Lunatic asylums Bombay report 1878-1890 - 1878-1890
Year: 1878
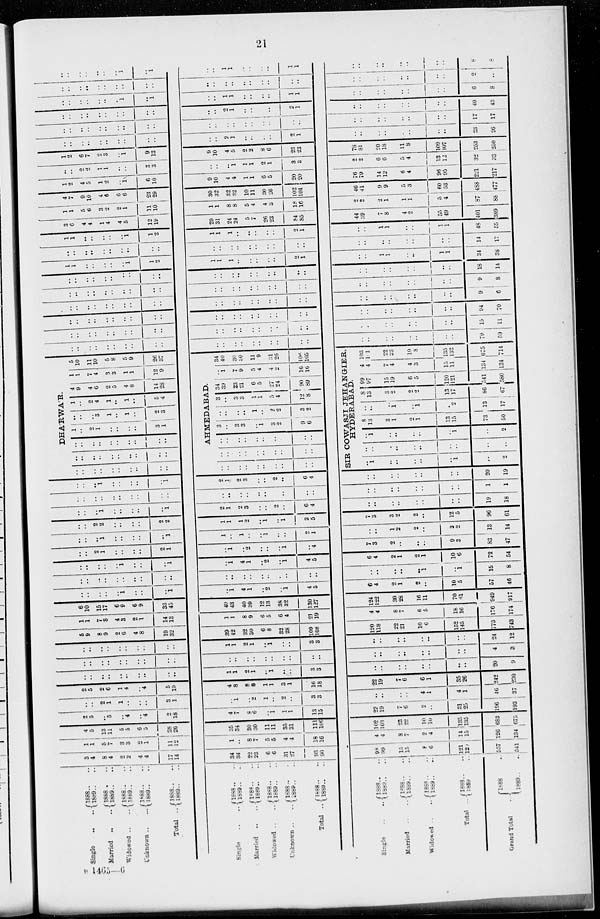
21
Single .. ..
Married
.. ..
Widowed .. ..
Unknown .. ..
Total
..
Single .. ..
Married
.. ..
Widowed .. ..
Unknown .. ..
Total ..
Single .. ..
Married .. ..
Widowed .. ..
Total ..
Grand Total ..
1888 .. ..
1889 .. ..
1888 .. ..
1889 .. ..
1888 .. ..
1889 .. ..
1888 .. ..
1889 .. ..
1888 .. ..
1889 .. ..
1888 .. ..
1889 .. ..
1888 .. ..
1889 .. ..
1888 .. ..
1889 .. ..
1888 .. ..
1889 .. ..
1888 .. ..
1889 .. ..
1888 .. ..
1889 .. ..
1888 .. ..
1889 .. ..
1888 .. ..
1889 .. ..
1888 .. ..
1889 .. ..
1888 .. ..
1889 .. ..
3
4
8
4
2
2
4
4
17
14
34
34
22
23
6
6
31
27
93
90
98
99
15
15
8
6
121
120
557
541
1
1
5
7
3
3
2
1
11
12
1
..
8
7
5
5
4
4
18
16
4
4
8
7
2
4
14
15
120
134
4
5
13
11
5
5
6
5
28
26
35
34
30
30
11
11
35
31
111
106
102
103
23
22
10
10
135
135
683
675
2
5
..
5
..
4
..
4
2
18
4
7
8
6
..
1
1
1
13
15
22
19
7
6
2
..
31
25
196
193
..
..
2
1
1
..
..
..
3
1
..
1
..
2
1
..
2
..
3
3
..
..
..
..
4
1
4
1
46
37
2
5
2
6
1
4
..
4
5
19
4
8
8
8
1
1
3
1
16
18
22
19
7
6
6
1
35
26
242
230
..
..
..
..
..
..
..
..
..
..
1
1
2
1
..
1
..
..
3
3
..
..
..
..
..
..
..
..
20
9
..
..
..
..
..
..
..
..
..
..
..
..
..
..
..
..
..
..
..
..
..
..
..
..
..
..
..
..
4
3
..
..
..
..
..
..
..
..
..
1
1
2
1
..
1
..
..
3
3
..
..
..
..
..
..
..
..
24
12
5
9
8
9
2
6
4
8
19
32
39
42
32
30
6
8
32
28
109
108
120
118
22
21
10
6
152
145
773
743
1
1
7
8
4
3
2
1
14
13
1
1
8
9
6
5
6
4
21
19
4
4
8
7
6
5
18
16
176
174
6
10
15
17
6
9
6
9
33
45
40
43
40
39
12
13
38
32
130
127
124
122
30
28
16
11
70
61
949
917
..
..
..
..
..
1
..
..
..
1
..
1
4
1
..
2
..
1
4
5
6
4
2
1
2
..
10
5
57
46
..
..
..
..
..
..
..
..
..
..
..
..
..
..
..
..
..
..
..
..
..
..
..
..
..
1
..
1
15
8
..
..
..
..
..
1
..
..
..
1
..
1
4
1
..
2
..
1
4
5
6
4
2
1
2
1
10
6
72
54
..
..
2
1
..
..
..
..
2
1
..
1
..
2
..
..
..
1
..
4
7
3
2
..
..
..
9
3
83
47
..
..
..
1
..
..
..
..
..
1
1
..
1
..
..
1
..
..
2
1
..
..
1
2
2
..
3
2
13
14
..
..
2
2
..
..
..
..
2
2
1
1
1
2
..
1
..
1
2
5
7
3
3
2
2
..
12
5
96
61
..
..
..
1
..
..
..
..
..
1
2
1
2
3
..
..
2
..
6
4
..
..
..
..
..
..
..
..
19
18
..
..
..
..
..
..
..
..
..
..
..
..
..
..
..
..
..
..
..
..
..
..
..
..
..
..
..
..
1
1
..
..
..
1
..
..
..
..
..
1
2
1
2
3
..
..
2
..
6
4
..
..
..
..
..
..
..
..
20
19
DHA'RWA'R
..
..
..
..
..
..
..
..
..
..
..
..
..
..
..
..
..
..
..
..
..
..
..
..
..
..
..
..
..
..
1
..
2
1
..
..
..
..
3
1
..
..
..
3
1
..
1
..
2
3
1
..
2
4
1
..
1
..
5
4
4
9
4
6
2
5
4
8
14
28
1
1
7
4
3
3
1
1
12
9
5
10
11
10
5 8
5
9
26
37
AHMEDABAD.
..
..
..
..
..
..
..
..
..
..
..
..
..
..
..
..
..
..
..
..
..
..
..
..
..
..
..
..
..
..
3
..
3
3
..
1
3
2
9
6
..
..
..
..
1
..
2
2
3
2
3
..
3
3
1
1
5
4
12
8
34
39
23
21
6
5
27
24
90
89
..
1
7
9
5
4
4
2
16 16
34
40
30
30
11
9
31
26
106
105
SIR COWASJI JEHANGIER,
HYDERABAD.
..
1
..
..
..
..
..
1
..
2
..
..
..
..
..
..
..
..
..
..
..
1
..
..
..
..
..
1
..
2
8
13
..
1
2
1
13
15
73
50
..
..
..
1
..
1
..
2
13
17
8
13
..
2
2
2
13
17
86
67
99
97
15
19
6
5
120
121
541
580
4
4
7
4
4
3
15
11
134
134
103
101
22
23
10
8
135
132
675
714
..
..
..
..
..
..
..
..
..
..
..
..
..
..
..
..
..
..
..
..
..
..
..
..
..
..
..
..
78
59
..
..
..
..
..
..
..
..
..
..
..
..
..
..
..
..
..
..
..
..
..
..
..
..
..
..
..
..
15
11
..
..
..
..
..
..
..
..
..
..
..
..
..
..
..
..
..
..
..
..
..
..
..
..
..
..
..
..
94
70
..
..
..
..
..
..
..
..
..
..
..
..
..
..
..
..
..
..
..
..
..
..
..
..
..
..
..
..
9
6
..
..
..
..
..
..
..
..
..
..
..
..
..
..
..
..
..
..
..
..
..
..
..
..
..
..
..
..
9
8
..
..
..
..
..
..
..
..
..
..
..
..
..
..
..
..
..
..
..
..
..
..
..
..
..
..
..
..
18
14
1
1
..
..
..
..
..
1
1
2
1
1
1
..
..
..
..
..
2
1
..
..
1
1
..
..
1
1
34
38
..
..
..
..
..
..
..
..
..
..
..
..
..
..
..
..
..
..
..
..
..
..
..
..
..
..
..
..
14
17
1
1
..
..
..
..
..
1
1
2
1
1
1
..
..
..
..
..
2
1
..
..
1
1
..
..
1
1
48
55
3
6
4
4
1
4
4
5
12
19
29
31
24
24
5
7
26
23
84
85
44
39
7
8
4
2
55
49
401
389
1
1
5
6
3
2
2
1
11
10
1
1
8
8
5
4
4
3
18
16
9
2
2
1
1
1
5
4
87
88
4
7
9
10
4
6
6
6
23
29
30
32
32
32
10
11
30
26
102
101
46
41
9
9
5
3
6
53
488
477
1
2
4
5
1
2
..
1
6
10
9
10
4
4
1
1
6
5
20
20
76
79
14
12
6
4
96
95
221
217
..
..
2
2
1
1
..
..
3
3
..
..
..
1
1
1
2
1
3
3
2 2
6
6
5
4
13
12
32
33
1
2
6
7
2
3
..
1
9
13
9
10
4
5
2
2
8
6
23
23
78
81
20
18
11
8
109
107
253
250
..
..
..
..
..
..
..
..
..
..
..
..
2
1
..
..
..
..
2
1
..
..
..
..
..
..
..
..
23
26
..
..
..
..
..
..
..
..
..
..
..
..
..
..
..
..
..
..
..
..
..
..
..
..
..
..
..
..
17
17
..
..
..
..
..
..
..
..
..
..
..
..
2
1
..
..
..
..
2
1
..
..
..
..
..
..
..
..
40
43
..
..
..
..
..
..
..
1
..
1
..
..
1
1
..
..
..
..
1
1
..
..
..
..
..
..
..
..
6
8
..
..
..
..
..
..
..
..
..
..
..
..
..
..
..
..
..
..
..
..
..
..
..
..
..
..
..
..
2
..
..
..
..
..
..
..
..
1
..
1
..
..
1
1
..
..
..
..
1
1
..
..
..
..
..
..
..
..
8
8
B
1465—6